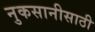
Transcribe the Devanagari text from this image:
नुकसानीसाठी